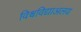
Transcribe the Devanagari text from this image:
विश्वविद्याअलय